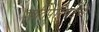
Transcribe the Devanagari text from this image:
ज्ञातिपरिषदेचे